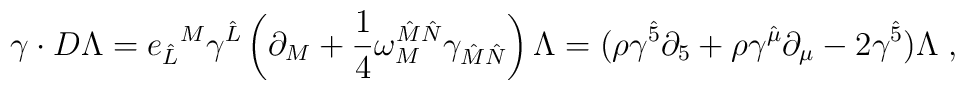
{   \gamma\cdot D\Lambda  = {e_{{\hat L}}}^{M} \gamma^{\hat{L}}  	\left( \partial_{M} +\frac{1}{4} 	\omega^{\hat{M}\hat{N}}_{M} \gamma_{\hat{M}\hat{N}}	\right)\Lambda =  	(\rho  \gamma^{\hat 5}  	\partial_{5}  	+ \rho \gamma^{\hat\mu} \partial_{\mu} - 2 \gamma^{\hat 5})\Lambda \; , }